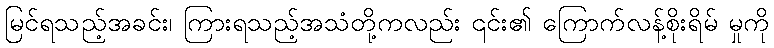
မြင်ရသည့်အခင်း၊ ကြားရသည့်အသံတို့ကလည်း ၎င်း၏ ကြောက်လန့်စိုးရိမ် မှုကို